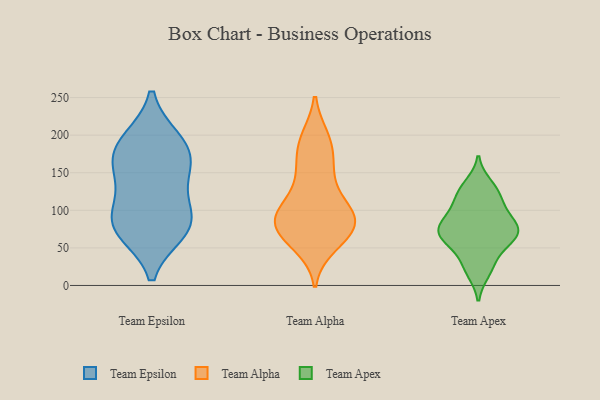
{"axis": {"x": "Population (Million)", "y": "Value"}, "legend": ["Team Alpha", "Team Apex", "Team Epsilon"], "data": [{"x": "", "y": 168, "type": "Team Epsilon"}, {"x": "", "y": 194, "type": "Team Epsilon"}, {"x": "", "y": 81, "type": "Team Epsilon"}, {"x": "", "y": 133, "type": "Team Epsilon"}, {"x": "", "y": 87, "type": "Team Epsilon"}, {"x": "", "y": 194, "type": "Team Epsilon"}, {"x": "", "y": 171, "type": "Team Epsilon"}, {"x": "", "y": 71, "type": "Team Epsilon"}, {"x": "", "y": 154, "type": "Team Epsilon"}, {"x": "", "y": 102, "type": "Team Epsilon"}, {"x": "", "y": 72, "type": "Team Epsilon"}, {"x": "", "y": 54, "type": "Team Alpha"}, {"x": "", "y": 195, "type": "Team Alpha"}, {"x": "", "y": 91, "type": "Team Alpha"}, {"x": "", "y": 80, "type": "Team Alpha"}, {"x": "", "y": 71, "type": "Team Alpha"}, {"x": "", "y": 143, "type": "Team Alpha"}, {"x": "", "y": 90, "type": "Team Alpha"}, {"x": "", "y": 65, "type": "Team Alpha"}, {"x": "", "y": 162, "type": "Team Alpha"}, {"x": "", "y": 93, "type": "Team Alpha"}, {"x": "", "y": 101, "type": "Team Alpha"}, {"x": "", "y": 188, "type": "Team Alpha"}, {"x": "", "y": 62, "type": "Team Alpha"}, {"x": "", "y": 90, "type": "Team Alpha"}, {"x": "", "y": 112, "type": "Team Alpha"}, {"x": "", "y": 192, "type": "Team Alpha"}, {"x": "", "y": 149, "type": "Team Alpha"}, {"x": "", "y": 85, "type": "Team Alpha"}, {"x": "", "y": 134, "type": "Team Apex"}, {"x": "", "y": 101, "type": "Team Apex"}, {"x": "", "y": 72, "type": "Team Apex"}, {"x": "", "y": 42, "type": "Team Apex"}, {"x": "", "y": 72, "type": "Team Apex"}, {"x": "", "y": 59, "type": "Team Apex"}, {"x": "", "y": 89, "type": "Team Apex"}, {"x": "", "y": 73, "type": "Team Apex"}, {"x": "", "y": 24, "type": "Team Apex"}, {"x": "", "y": 123, "type": "Team Apex"}, {"x": "", "y": 78, "type": "Team Apex"}, {"x": "", "y": 104, "type": "Team Apex"}, {"x": "", "y": 62, "type": "Team Apex"}, {"x": "", "y": 18, "type": "Team Apex"}, {"x": "", "y": 124, "type": "Team Apex"}, {"x": "", "y": 70, "type": "Team Apex"}]}